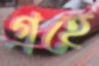
গ্রহে